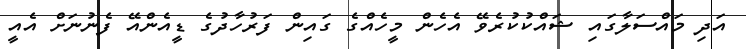
އަދި މައްސަލާގައި ޝައްކުކުރެވޭ އެހެން މީހެއްގެ ގައިން ފަރުހާދުގެ ޑީއެންއޭ ފެނުނަށް އެއީ